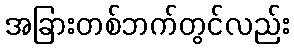
အခြားတစ်ဘက်တွင်လည်း